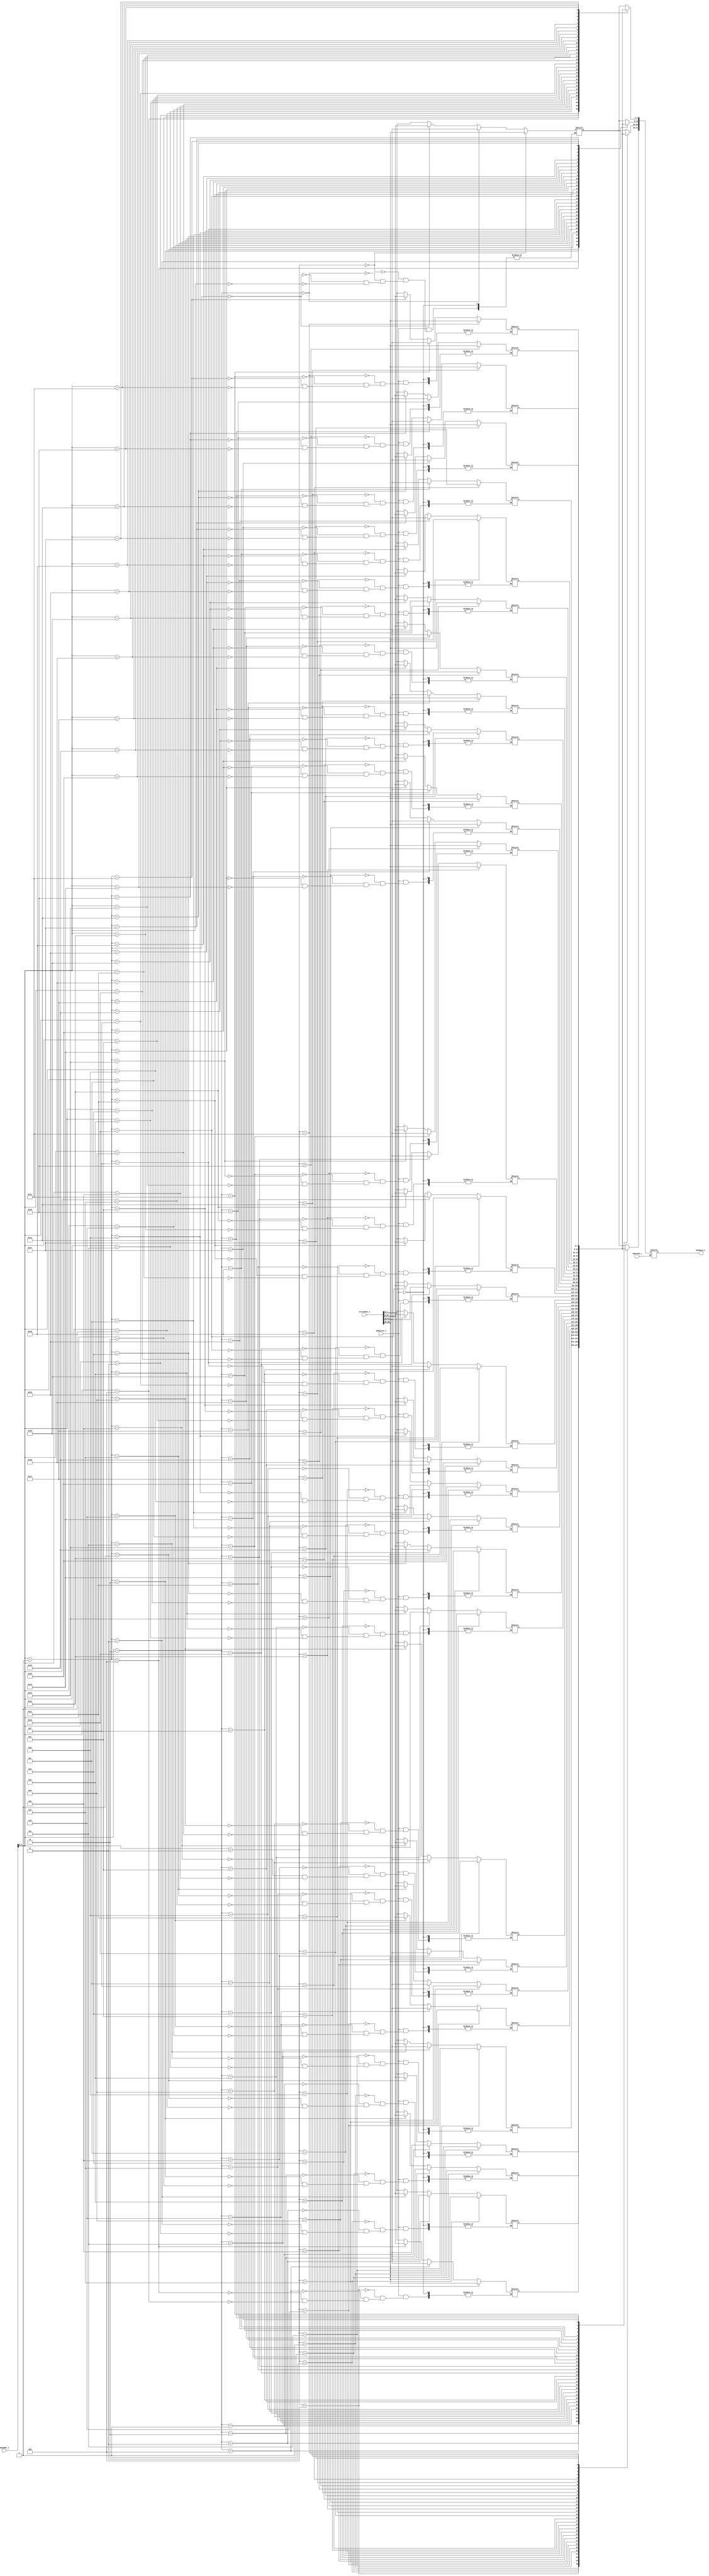
module Data_Memory
(
	memread_i,				//1  bit, control input
	memwrite_i,				//1  bit, control input
	memaddr_i,				//32 bits, the address.
	writedata_i,			//32 bits, rt data to be written into memory
	memdata_o				//32 bits, rt data read from memory
);

input 			memread_i, memwrite_i;
input	[31:0]	memaddr_i, writedata_i;
output	[31:0]	memdata_o;

reg		[7:0]	memory		[0:31];
reg		[31:0]  temp_memdata_o;

assign  memdata_o = temp_memdata_o; 

always@(*) 
if(memwrite_i)
begin	
	memory[memaddr_i] <=  writedata_i[7:0];
	memory[memaddr_i+1] <=  writedata_i[15:8];
	memory[memaddr_i+2] <=  writedata_i[23:16];
	memory[memaddr_i+3] <=  writedata_i[31:24];
end

always@(*)
if(memread_i)
begin
	temp_memdata_o[7:0] <= memory[memaddr_i];
	temp_memdata_o[15:8] <= memory[memaddr_i+1];
	temp_memdata_o[23:16] <= memory[memaddr_i+2];
	temp_memdata_o[31:24] <= memory[memaddr_i+3];
end

endmodule